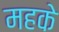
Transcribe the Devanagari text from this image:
महके